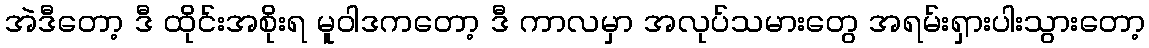
အဲဒီတော့ ဒီ ထိုင်းအစိုးရ မူဝါဒကတော့ ဒီ ကာလမှာ အလုပ်သမားတွေ အရမ်းရှားပါးသွားတော့